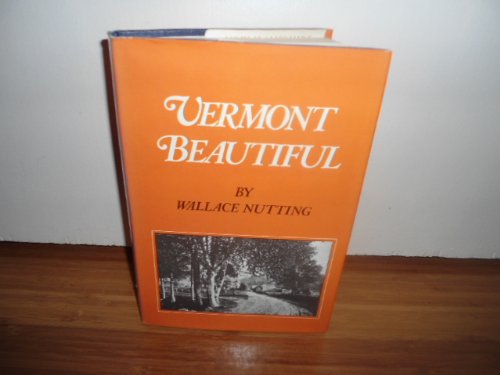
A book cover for Vermont Beautiful; Wallace NUTTING; Travel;